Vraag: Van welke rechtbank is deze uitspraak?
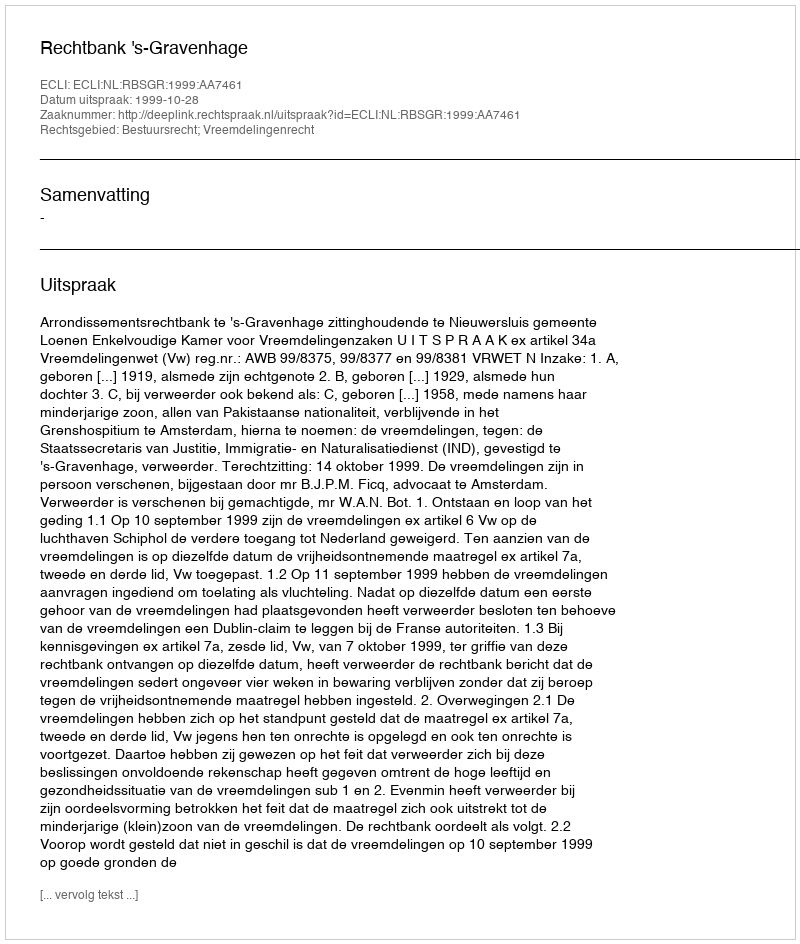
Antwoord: Rechtbank 's-Gravenhage